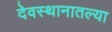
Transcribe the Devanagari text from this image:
देवस्थानातल्या